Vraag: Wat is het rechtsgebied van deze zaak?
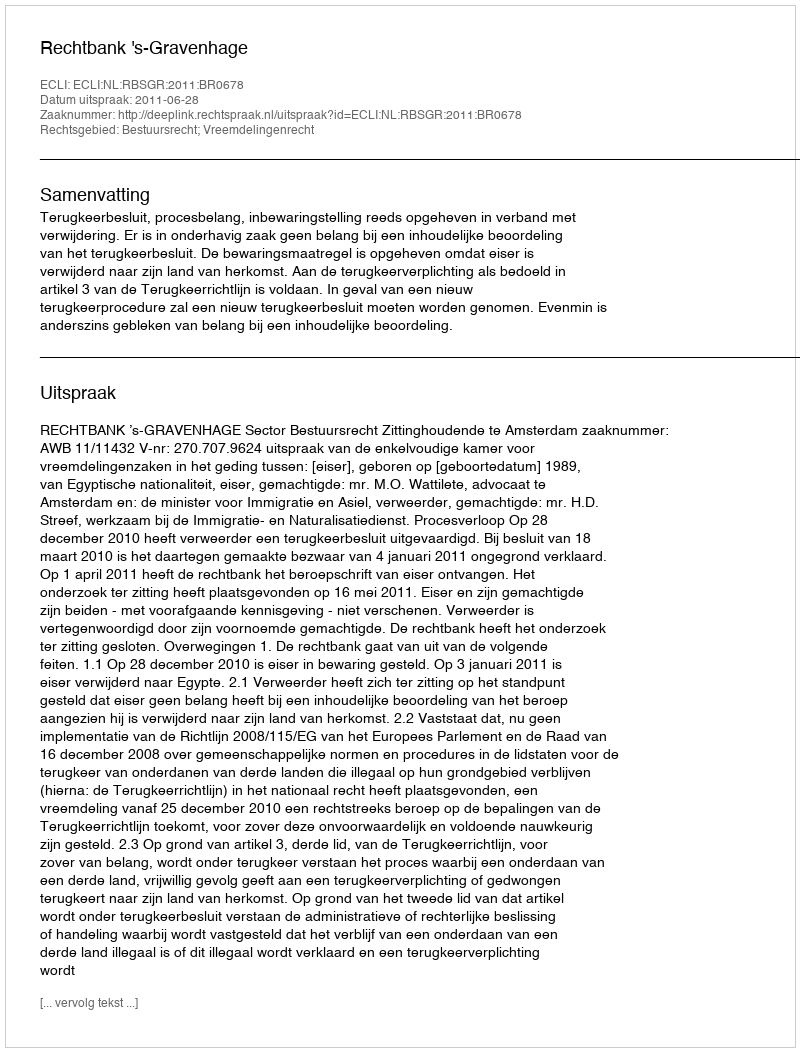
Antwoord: Bestuursrecht; Vreemdelingenrecht